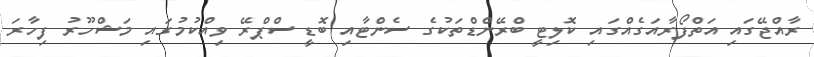
ރާއްޖޭގައި އަތްފޯރާއަގެއްގައި ކޮލިޓީ ބްރޭންޑްތަކުގެ ސެންޓާއި ބޮޑީ ސްޕްރޭ ވިއްކުމުގައި މަޝްހޫރު ފިހާރަ